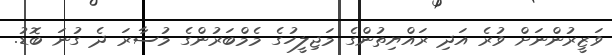
ވަޒީރުންނަށް ވުރެ އަދި ރައްޔިތުންގެ މަޖިލީހުގެ މެމްބަރުންގެ މުސާރަ ދެ ގުނަ ބޮޑު.